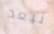
تبعد